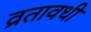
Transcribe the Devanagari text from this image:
व्रतावधी